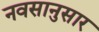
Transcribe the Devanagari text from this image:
नवसानुसार